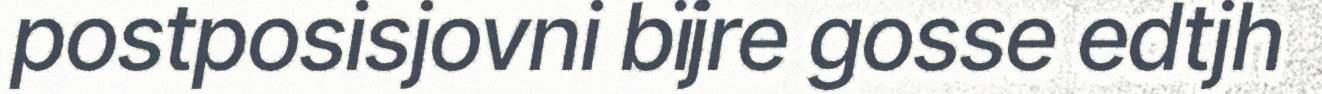
postposisjovni bïjre gosse edtjh